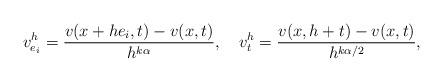
LaTeX: \begin{align*}& v^{h}_{ e_i}= \frac{v(x+he_i, t) - v(x, t)}{ h^{k\alpha}},\ \ \ v^{h}_ {t} = \frac{v(x, h+t) - v(x, t)}{h^{k\alpha/2}},\end{align*}